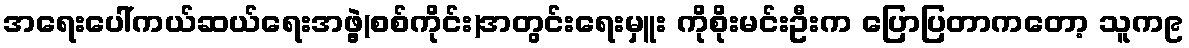
အရေးပေါ်ကယ်ဆယ်ရေးအဖွဲ့(စစ်ကိုင်း)အတွင်းရေးမှူး ကိုစိုးမင်းဦးက ပြောပြတာကတော့ သူက၉